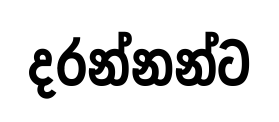
දරන්නන්ට